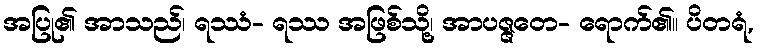
အပြု၏ အာသည်၊ ရဿံ- ရဿ အဖြစ်သို့၊ အာပဇ္ဇတေ- ရောက်၏။ ပိတရံ,